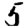
Digit: 5